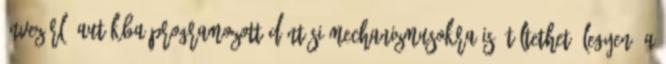
önvezérlő autókba programozott döntési mechanizmusokra is átültethető legyen. A